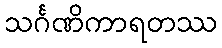
သင်္ဂဏိကာရတဿ